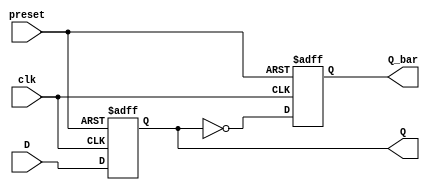
module async_preset_d_ff (
    input D,           // D input
    input clk,         // Clock input
    input preset,      // Preset input
    output reg Q,      // Q output
    output reg Q_bar   // Inverted Q output
);

always @(posedge clk or posedge preset)
begin
    if (preset)
    begin
        Q <= 1;       // Set Q to predefined state
        Q_bar <= 0;   // Inverted Q is complement of Q
    end
    else
    begin
        Q <= D;       // Store D input on rising edge of clock
        Q_bar <= ~Q;  // Inverted Q is complement of Q
    end
end
endmodule